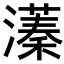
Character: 𬉔